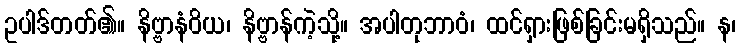
ဥပါဒ်တတ်၏။ နိဗ္ဗာနံဝိယ၊ နိဗ္ဗာန်ကဲ့သို့။ အပါတုဘာဝံ၊ ထင်ရှားဖြစ်ခြင်းမရှိသည်။ န၊